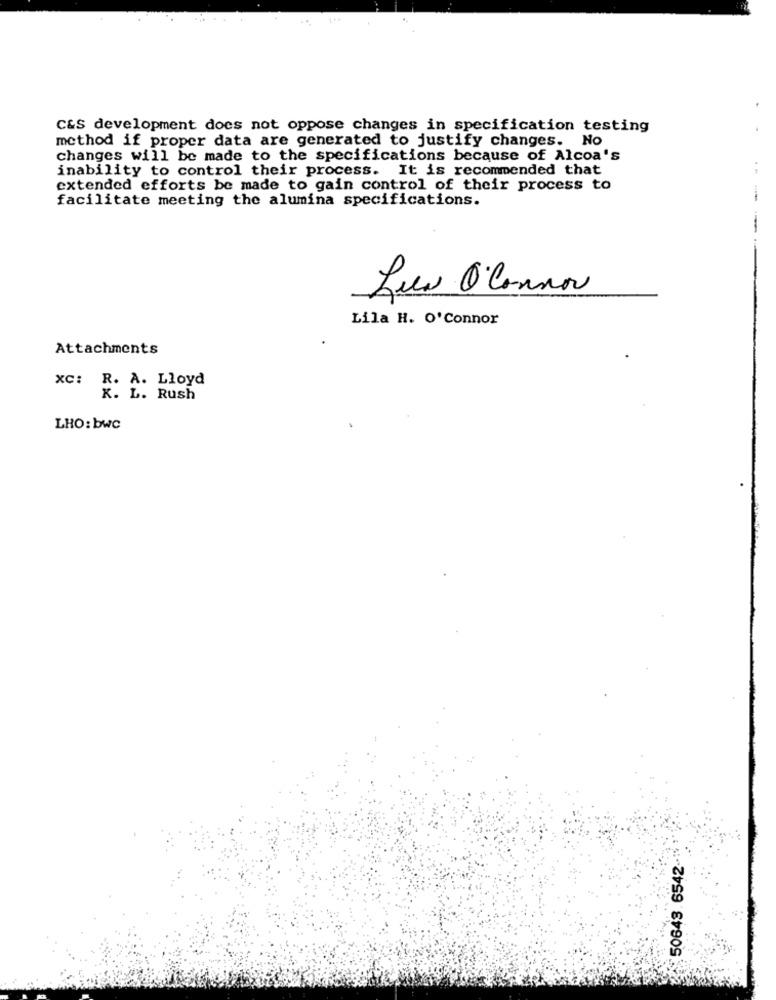
C&S development does not oppose changes in specification testing
method if proper data are generated to justify changes. No
changes will be made to the specifications because of Alcoa's
inability to control their process. It is recommended that
extended efforts be made to gain control of their process to
facilitate meeting the alumina specifications.
Lila H. O'Connor
Attachments
XC: R. A. Lloyd
K. L. Rush
LHO: bwc
50643.6542-